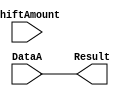
/******************************************************************************
 ** Logisim goes FPGA automatic generated Verilog code                       **
 **                                                                          **
 ** Component : Shifter_32_bit                                               **
 **                                                                          **
 ******************************************************************************/

`timescale 1ns/1ps
module Shifter_32_bit( DataA,
                       ShiftAmount,
                       Result);

   /***************************************************************************
    ** Here all module parameters are defined with a dummy value             **
    ***************************************************************************/
   parameter ShifterMode = 1;


   /***************************************************************************
    ** Here the inputs are defined                                           **
    ***************************************************************************/
   input[31:0]  DataA;
   input[4:0]  ShiftAmount;

   /***************************************************************************
    ** Here the outputs are defined                                          **
    ***************************************************************************/
   output reg [31:0] Result;
   /***************************************************************************
    ** ShifterMode represents when:                                          **
    ** 0 : Logical Shift Left                                                **
    ** 1 : Rotate Left                                                       **
    ** 2 : Logical Shift Right                                               **
    ** 3 : Arithmetic Shift Right                                            **
    ** 4 : Rotate Right                                                      **
    ***************************************************************************/


   always @* begin
       case(ShifterMode)
	       0: Result = DataA << ShiftAmount;
		   1: Result = DataA;
		   2: Result = DataA >> ShiftAmount;
		   3: Result = DataA <<< ShiftAmount;
		   4: Result = DataA;
		   default: Result = DataA;
	   endcase
   end

endmodule